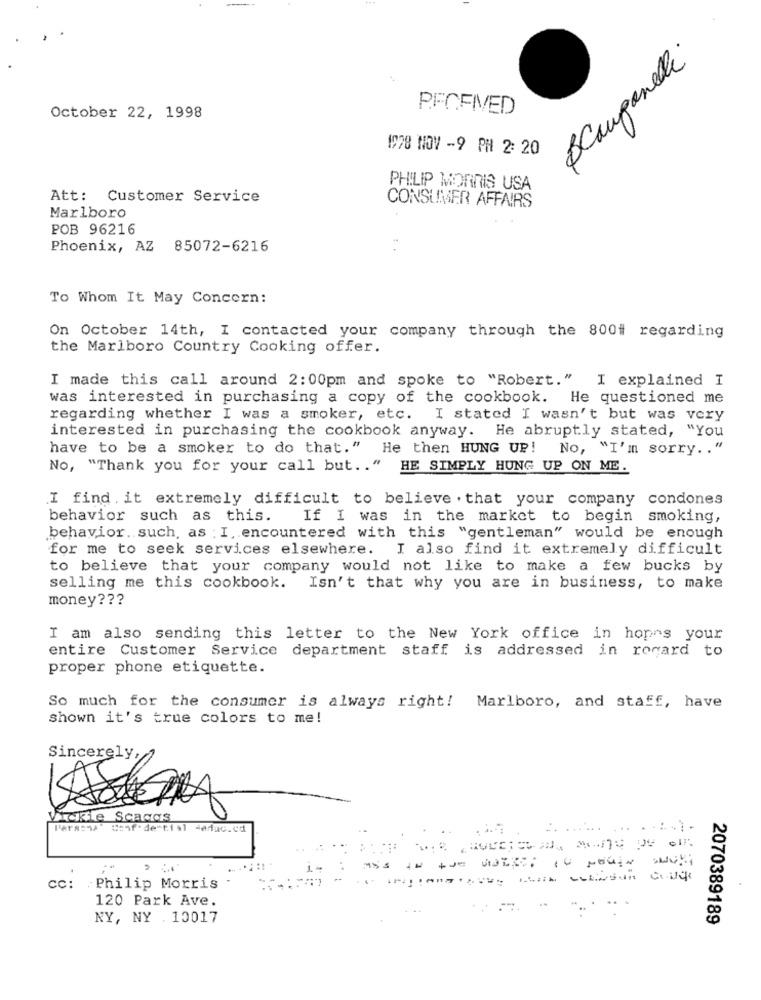
BCampanelli
PFCFIVED
October 22, 1998
1928 NOV -9 PH 2: 20
PHILIP MORRIS USA
Att: Customer Service
CONSUMER AFFAIRS
Marlboro
POB 96216
Phoenix, AZ 85072-6216
To Whom It May Concern:
On October 14th, I contacted your company through the 800# regarding
the Marlboro Country Cooking offer.
I made this call around 2:00pm and spoke to "Robert." I explained I
was interested in purchasing a copy of the cookbook. He questioned me
regarding whether I was a smoker, etc. I stated I wasn't but was very
interested in purchasing the cookbook anyway. He abruptly stated, "You
have to be a smoker to do that." He then HUNG UP!
No, "I'm sorry .. "
No, "Thank you for your call but .. " HE SIMPLY HUNG UP ON ME.
I find it extremely difficult to believe . that your company condones
behavior such as this. If I was in the market to begin smoking,
behavior .. such, as ; I, encountered with this "gentleman" would be enough
for me to seek services elsewhere. I also find it extremely difficult
to believe that your company would not like to make a few bucks by
selling me this cookbook. Isn't that why you are in business, to make
money ???
I am also sending this letter to the New York office in hopes your
entire Customer Service department staff is addressed in rogard to
proper phone etiquette.
So much for the consumer is always right!
Marlboro, and staff, have
shown it's true colors to me!
Sincerely,
02-
Vickie Scaggs
Parsons" Confidential 4adac.cd
+JE
Philip Morris
120 Park Ave.
NY, NY . 10017
2070389189